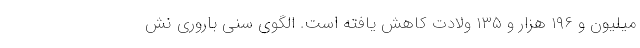
میلیون و ١٩٦ هزار و ١٣٥ ولادت کاهش یافته است. الگوی سنی باروری نش